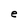
Character: e